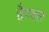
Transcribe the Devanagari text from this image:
हैण्डल